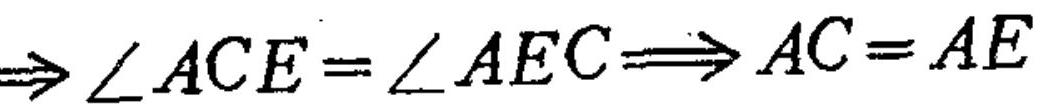
$\Rightarrow\angle ACE=\angle AEC\Longrightarrow AC = AE$